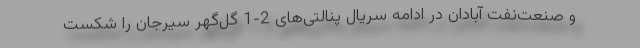
و صنعت‌نفت آبادان در ادامه سریال پنالتی‌های 2-1 گل‌گهر سیرجان را شکست